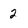
Character: 2